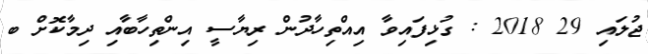
ޖުލައި 29 2018 : ގުޅިފައިވާ އިއްތިހާދުން ރިޔާސީ އިންތިހާބާއި ދިމާކޮށް ބ